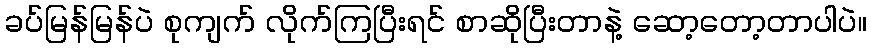
ခပ်မြန်မြန်ပဲ စုကျက် လိုက်ကြပြီးရင် စာဆိုပြီးတာနဲ့ ဆော့တော့တာပါပဲ။